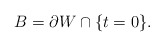
\begin{align*}B = \partial W \cap \{t=0\}.\end{align*}